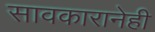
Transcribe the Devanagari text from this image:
सावकारानेही